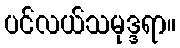
ပင်လယ်သမုဒ္ဒရာ။